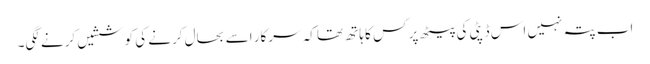
اب پتہ نہیں اس ڈپٹی کی پیٹھ پر کس کا ہاتھ تھا کہ سرکار اسے بحال کرنے کی کوششیں کرنے لگی۔